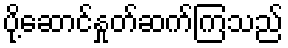
ပို့ဆောင်နှုတ်ဆက်ကြသည်